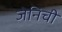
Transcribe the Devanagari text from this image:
जेनिची